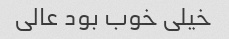
خیلی خوب بود عالی